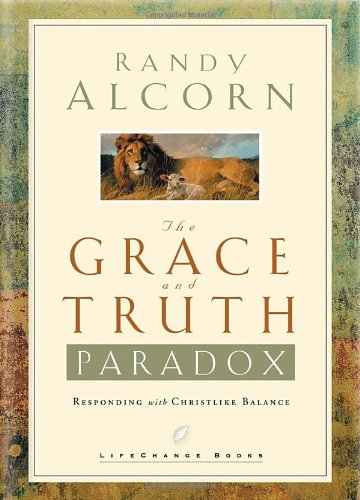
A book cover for The Grace and Truth Paradox: Responding with Christlike Balance; Randy Alcorn; Christian Books & Bibles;